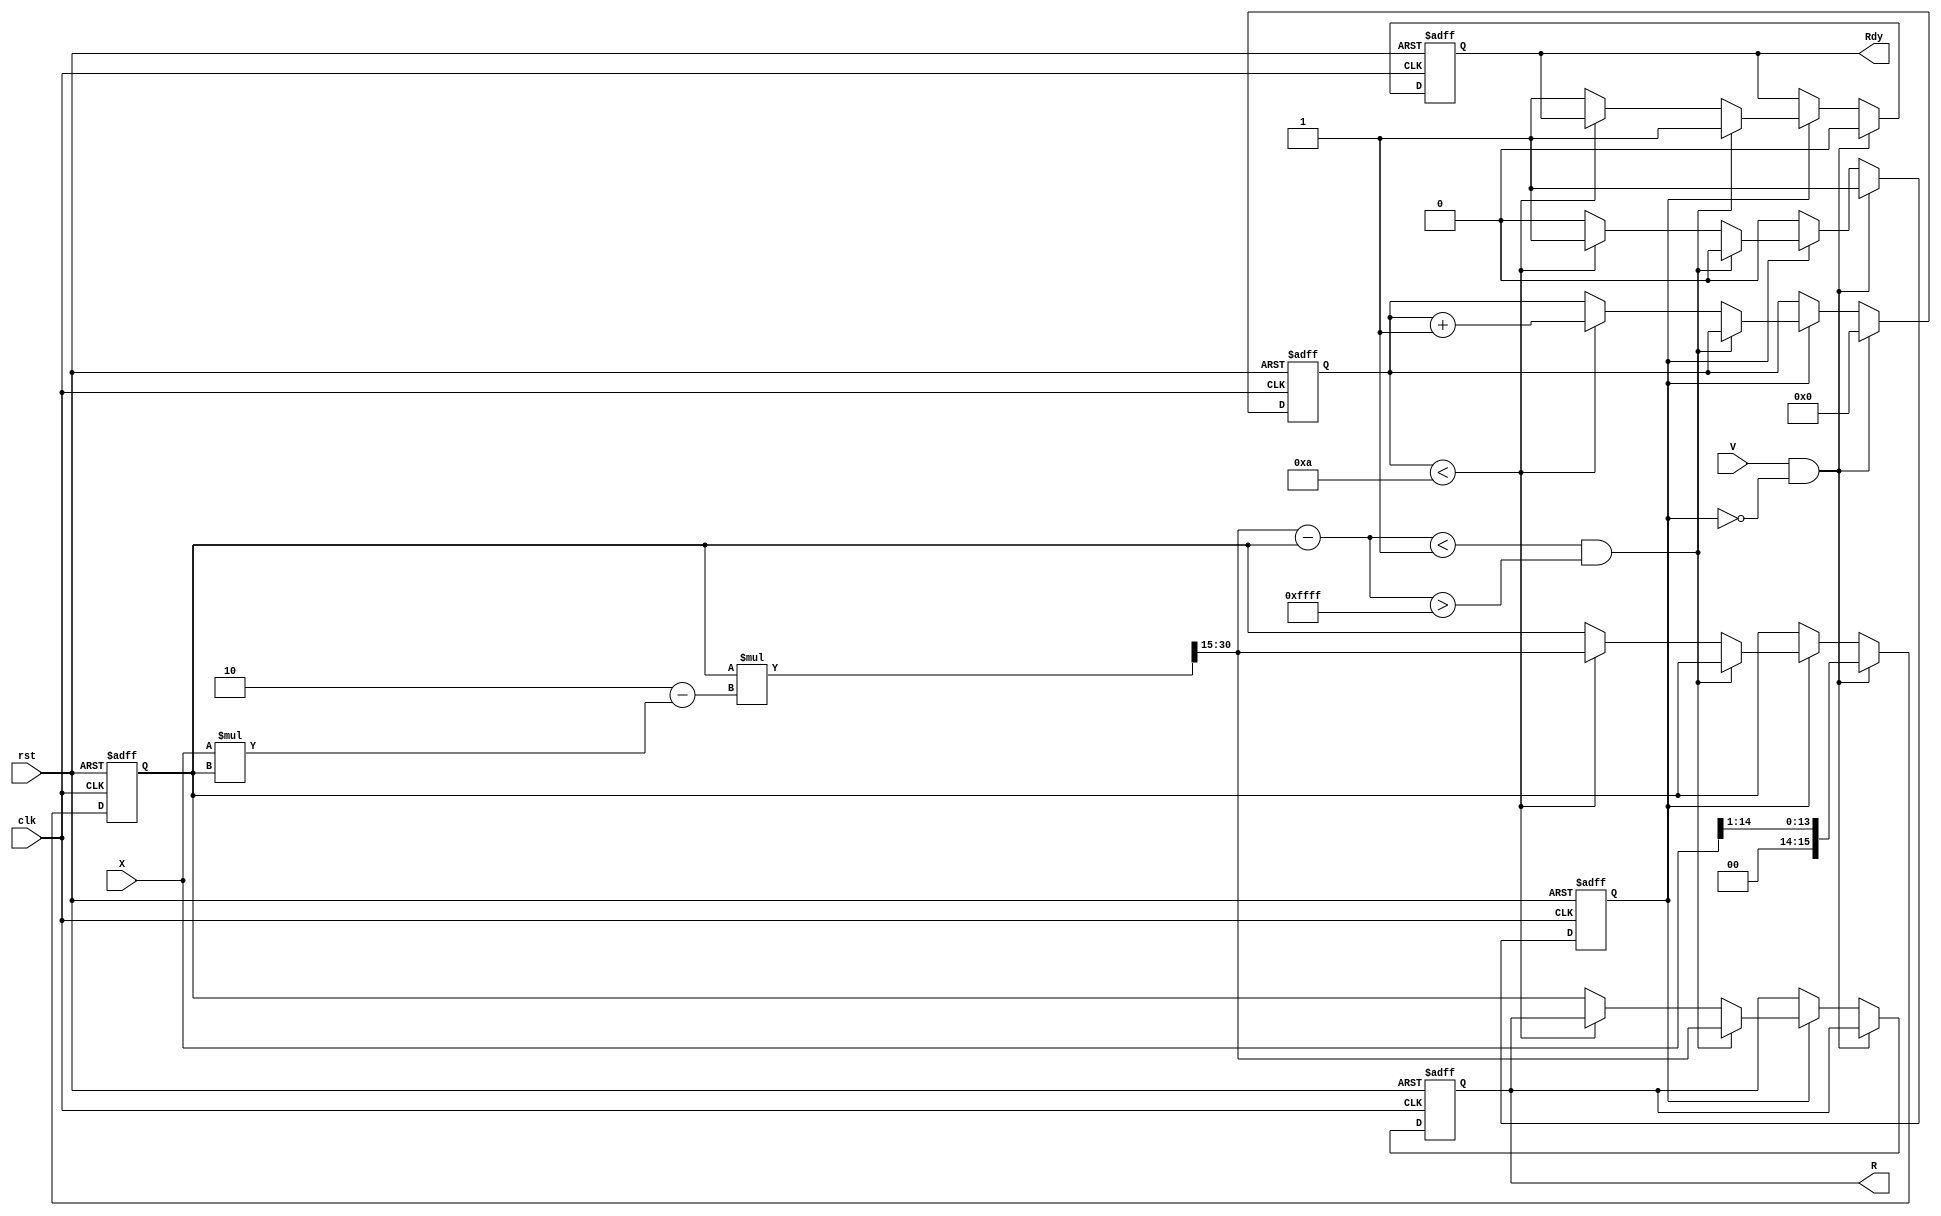
module IterativeReciprocal #(
    parameter N = 16,            // Bit-width for input and output
    parameter MAX_ITER = 10,     // Maximum number of iterations
    parameter THRESHOLD = 16'h0001 // Convergence threshold
)(
    input wire clk,              // Clock signal
    input wire rst,              // Reset signal
    input wire [N-1:0] X,        // Input value (0 < X < 1)
    input wire V,                // Valid signal
    output reg [N-1:0] R,        // Output reciprocal
    output reg Rdy               // Ready signal
);

    reg [N-1:0] R_current;       // Current estimate of reciprocal
    reg [N-1:0] R_next;          // Next estimate of reciprocal
    reg [N-1:0] delta;           // Change in estimate
    reg [3:0] iter_count;        // Iteration counter
    reg processing;               // Processing state

    // Initialization logic
    always @(posedge clk or posedge rst) begin
        if (rst) begin
            R <= 0;
            Rdy <= 0;
            R_current <= 0;
            iter_count <= 0;
            processing <= 0;
        end else if (V && !processing) begin
            // Start processing on valid input
            R_current <= {1'b0, X[N-2:1]}; // Initial estimate (approximation)
            iter_count <= 0;
            processing <= 1;
            Rdy <= 0;
        end else if (processing) begin
            // Iterative process
            R_next = R_current * (2 - X * R_current) >> (N-1); // Update estimate
            delta = R_next - R_current;

            // Check for convergence
            if (delta < THRESHOLD && delta > -THRESHOLD) begin
                R <= R_next; // Final result
                Rdy <= 1;    // Output is ready
                processing <= 0; // Stop processing
            end else if (iter_count < MAX_ITER) begin
                R_current <= R_next; // Update current estimate
                iter_count <= iter_count + 1; // Increment iteration counter
            end else begin
                R <= R_current; // Output current estimate if max iterations reached
                Rdy <= 1;      // Output is ready
                processing <= 0; // Stop processing
            end
        end
    end

endmodule